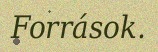
Források.